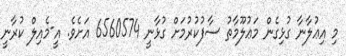
މި އިޢުލާނާ ގުޅިގެން މަޢުލޫމާތު ސާފުކުރުމަށް ގުޅާނީ 6560574 އަށެވެ. އީ-މެއިލް ކުރާނީ